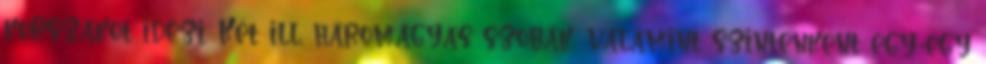
korszakot idézi. Két ill. háromágyas szobák, valamint szintenként egy-egy